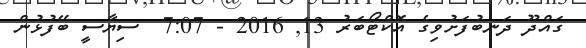
ގައްދޫ ދަނބުފަށުވިގެ އޮކްޓޯބަރު 13